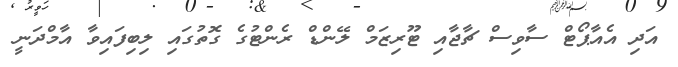
އަދި އެއާޕޯޓް ސާވިސް ޗާޖާއި ޓޫރިޒަމް ލޭންޑް ރެންޓުގެ ގޮތުގައި ލިބިފައިވާ އާމްދަނީ